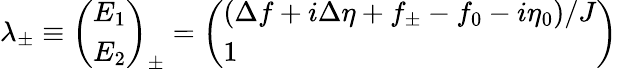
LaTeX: \lambda_{\pm}\equiv\left(\begin{array}{l}{E_{1}}\\ {E_{2}}\end{array}\right)_{\pm}=\left(\begin{array}{l}{(\Delta f+i\Delta\eta+f_{\pm}-f_{0}-i\eta_{0})/J}\\ {1}\end{array}\right)